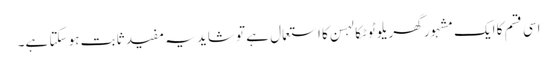
اسی قسم کا ایک مشہور گھریلو ٹوٹکا لہسن کا استعمال ہے تو شاید یہ مفید ثابت ہو سکتا ہے۔